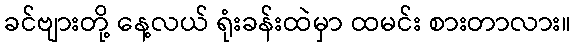
ခင်ဗျားတို့ နေ့လယ် ရုံးခန်းထဲမှာ ထမင်း စားတာလား။